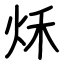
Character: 秌